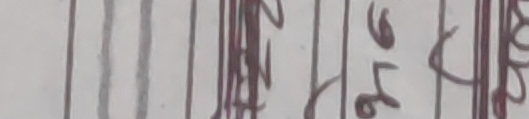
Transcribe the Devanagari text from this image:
लुहे